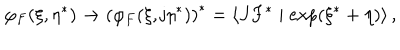
\varphi _ { F } ( \xi , \eta ^ { * } ) \rightarrow \left( \varphi _ { F } ( \xi , \mathrm { j } \eta ^ { * } ) \right) ^ { * } = \left\langle J F ^ { * } \mid \exp ( \xi ^ { * } + \eta ) \right\rangle ,